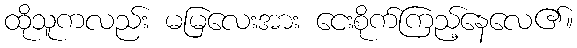
ထိုသူကလည်း မမြလေးအား ငေးစိုက်ကြည့်နေလေ၏။